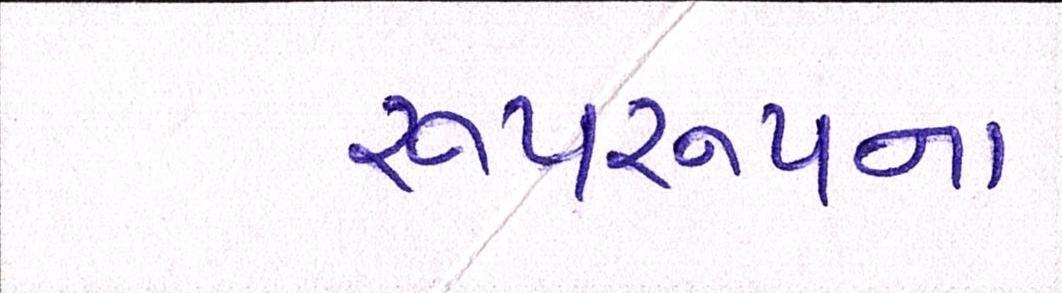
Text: રૂપરૂપના